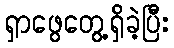
ရှာဖွေတွေ့ရှိခဲ့ပြီး